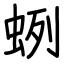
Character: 蛚